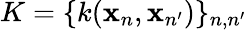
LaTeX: K=\{ k(\mathbf{x}_{n},\mathbf{x}_{n^{\prime}})\} _{n,n^{\prime}}